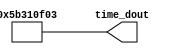
module time_stamp
(
  output wire [31:0]  time_dout
);
  assign time_dout  = 32'h5b310f03;
// Mon Jun 25 08:49:23 2018
endmodule